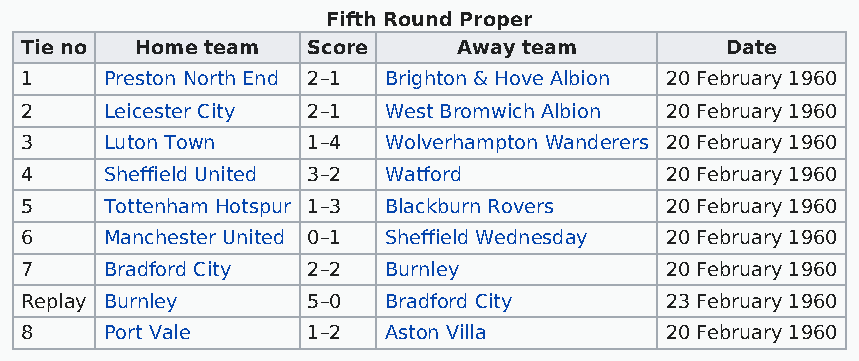
Fifth Round Proper
 Tie no  Home team  Score     Away team         Date
 1     Preston North End 2–1 Brighton & Hove Albion 20 February 1960
 2     Leicester City 2–1 West Bromwich Albion 20 February 1960
 3     Luton Town   1–4  Wolverhampton Wanderers 20 February 1960
 4     Sheffield United 3–2 Watford         20 February 1960
 5     Tottenham Hotspur 1–3 Blackburn Rovers 20 February 1960
 6     Manchester United 0–1 Sheffield Wednesday 20 February 1960
 7     Bradford City 2–2 Burnley            20 February 1960
 Replay Burnley     5–0  Bradford City      23 February 1960
 8     Port Vale    1–2  Aston Villa        20 February 1960